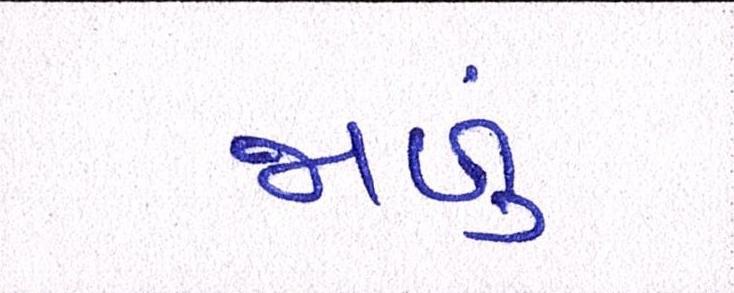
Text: જાળું